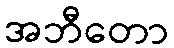
အဘီတော